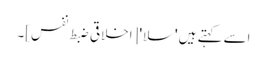
اسے کہتے ہیں 'سلا' [اخلاقی ضبط نفس]۔